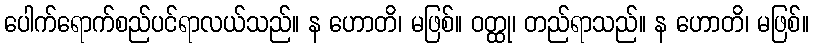
ပေါက်ရောက်စည်ပင်ရာလယ်သည်။ န ဟောတိ၊ မဖြစ်။ ဝတ္ထု၊ တည်ရာသည်။ န ဟောတိ၊ မဖြစ်။